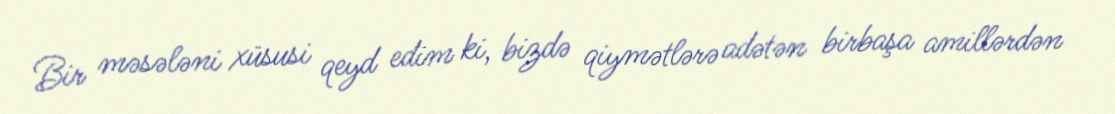
Bir məsələni xüsusi qeyd edim ki, bizdə qiymətlərə adətən birbaşa amillərdən